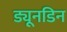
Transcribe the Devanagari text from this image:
ड्यूनडिन